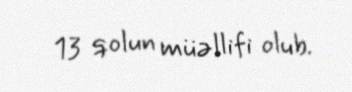
13 qolun müəllifi olub.